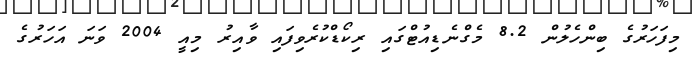
މިފަހަރުގެ ބިންހެލުން 8.2 މެގްނެޑިއުޓްގައި ރިކޯޑްކުރެވިފައި ވާއިރު މިއީ 2004 ވަނަ އަހަރުގެ